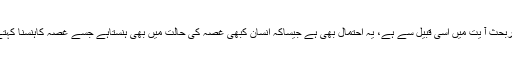
لیکن کبھی یہ مادّہ حیرت اورتعجب کے معنوں میں بھی آ یاہے اور زیربحث آ یت میں اسی قبیل سے ہے، یہ احتمال بھی ہے جیساکہ انسان کبھی غصّہ کی حالت میں بھی ہنستاہے جسے غصّہ کاہنسنا کہتے ہیں،وہ سخت اوربڑی مصیبت کے وقت بھی مزاح سے کام لیتا ہے ۔